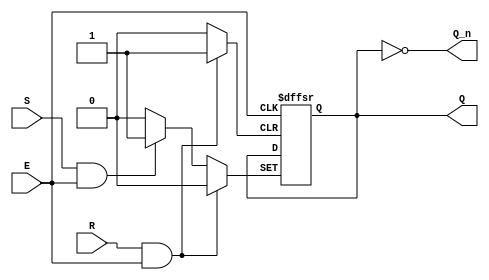
module GatedSRLatch (
    input wire S,      // Set input
    input wire R,      // Reset input
    input wire E,      // Enable input
    output reg Q,      // Output Q
    output wire Q_n    // Complementary output Q'
);

    // Internal signals to hold the state of the latch
    wire S_gated, R_gated;

    // Gating the S and R inputs with the Enable signal
    assign S_gated = S & E;   // S is active only if E is high
    assign R_gated = R & E;   // R is active only if E is high

    // Always block to handle the latch functionality
    always @ (posedge E or posedge R_gated or posedge S_gated) begin
        if (R_gated) begin
            Q <= 1'b0;      // Reset Q to 0
        end else if (S_gated) begin
            Q <= 1'b1;      // Set Q to 1
        end
        // If both S and R are high, we do nothing to avoid indeterminate state
    end

    // Complement output
    assign Q_n = ~Q; // Q' is the inverse of Q

endmodule